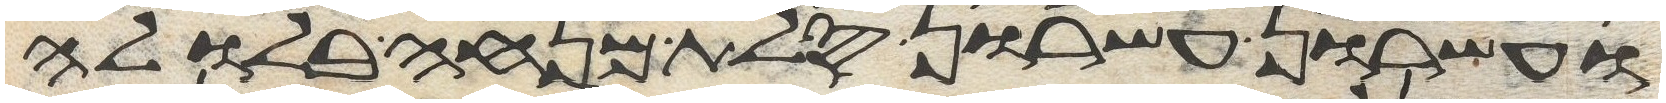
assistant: ועשרון עשרון סלת מנחה בלולה